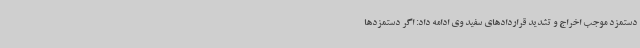
دستمزد موجب اخراج و تشدید قراردادهای سفید وی ادامه داد: اگر دستمزدها